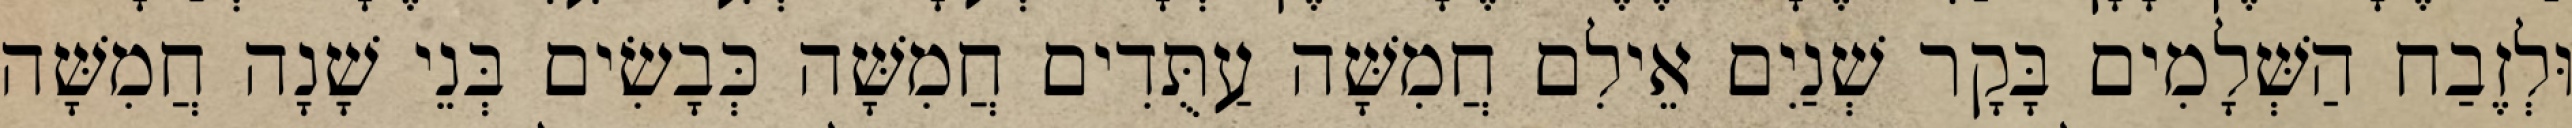
וּלְזֶבַח הַשְּׁלָמִים בָּקָר שְׁנַיִם אֵילִם חֲמִשָּׁה עַתֻּדִים חֲמִשָּׁה כְּבָשִׂים בְּנֵי שָׁנָה חֲמִשָּׁה